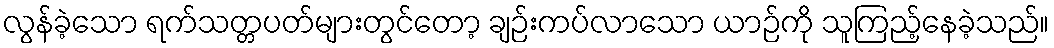
လွန်ခဲ့သော ရက်သတ္တပတ်များတွင်တော့ ချဉ်းကပ်လာသော ယာဉ်ကို သူကြည့်နေခဲ့သည်။